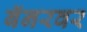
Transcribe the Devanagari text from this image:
बॅनरवर